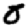
Digit: 0